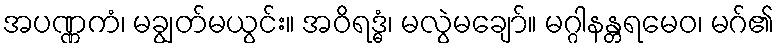
အပဏ္ဏကံ၊ မချွတ်မယွင်း။ အဝိရဒ္ဓံ၊ မလွဲမချော်။ မဂ္ဂါနန္တရမေဝ၊ မဂ်၏